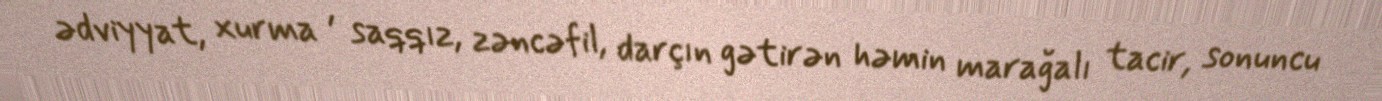
ədviyyat, xurma , saqqız, zəncəfil, darçın gətirən həmin marağalı tacir, sonuncu